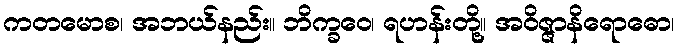
ကတမောစ၊ အဘယ်နည်း။ ဘိက္ခဝေ၊ ရဟန်းတို့။ အဝိဇ္ဇာနိရောဓော၊